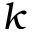
\boldsymbol { k }